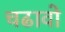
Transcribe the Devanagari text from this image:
चढावो